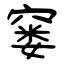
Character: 窭